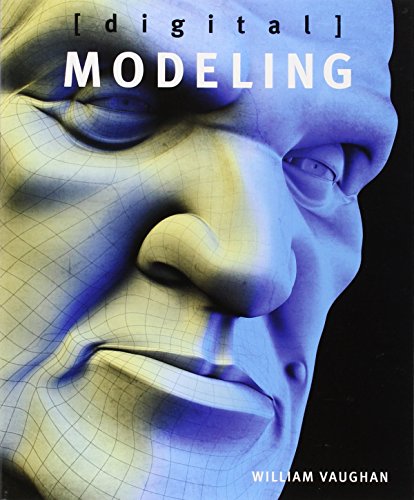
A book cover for Digital Modeling; William Vaughan; Computers & Technology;